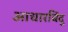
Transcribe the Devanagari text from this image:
आधारबिंदु